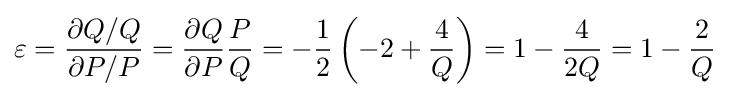
\varepsilon ={\dfrac {\partial Q/Q}{\partial P/P}}={\dfrac {\partial Q}{\partial P}}{\dfrac {P}{Q}}=-{\dfrac {1}{2}}\left(-2+{\dfrac {4}{Q}}\right)=1-{\dfrac {4}{2Q}}=1-{\dfrac {2}{Q}}